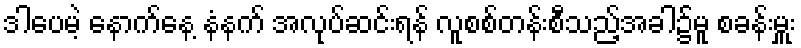
ဒါပေမဲ့ နောက်နေ့ နံနက် အလုပ်ဆင်းရန် လူစစ်တန်းစီသည့်အခါ၌မူ စခန်းမှူး